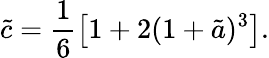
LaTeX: \tilde{c}=\frac{1}{6}\left[1+2(1+\tilde{a})^{3}\right].